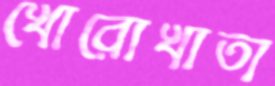
খোরোখাতা